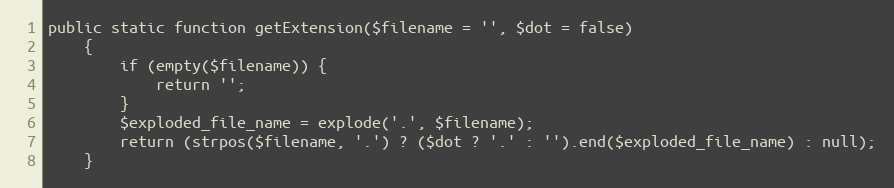
Language: PHP
public static function getExtension($filename = '', $dot = false)
    {
        if (empty($filename)) {
            return '';
        }
        $exploded_file_name = explode('.', $filename);
        return (strpos($filename, '.') ? ($dot ? '.' : '').end($exploded_file_name) : null);
    }